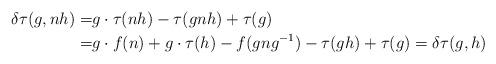
LaTeX: \begin{align*}\delta\tau(g, n h) = & g \cdot \tau(n h) - \tau(g n h) + \tau(g)\\= & g \cdot f(n) + g \cdot \tau(h) - f(g n g^{-1}) - \tau(g h) + \tau(g) = \delta\tau(g, h)\end{align*}